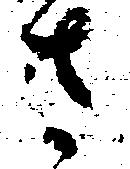
さ